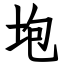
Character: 垉